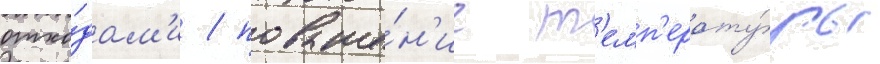
отхо́дам'и / повыше́н'ие т'емп'ерату́ры